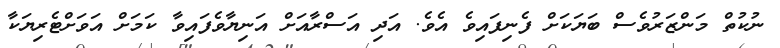
ނުކުތް މަންޒަރުވެސް ބަޔަކަށް ފެނިފައިވެ އެވެ. އަދި އަސްރާއަށް އަނިޔާވެފައިވާ ކަމަށް އަވަށްޓެރިޔަކާ